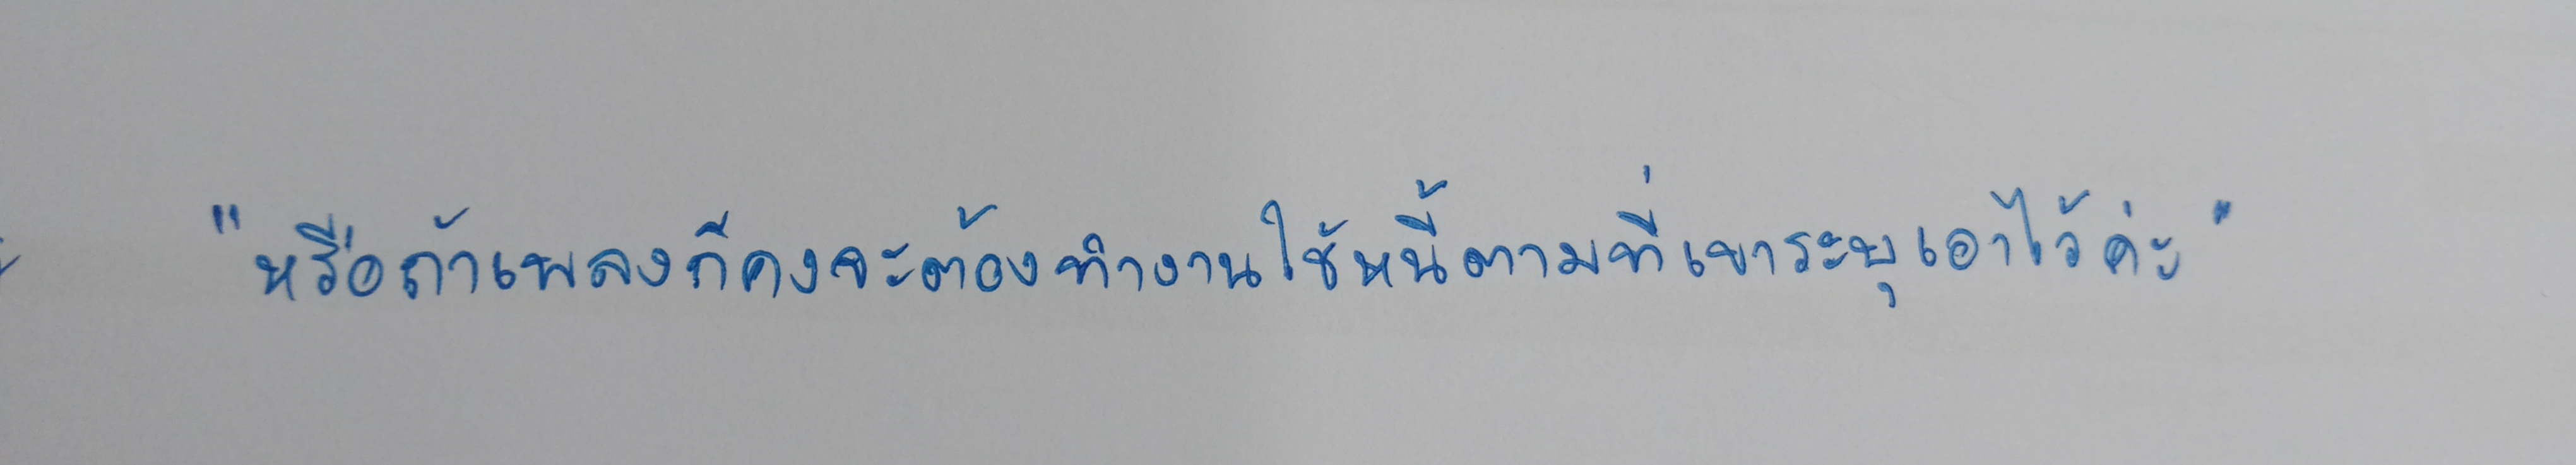
"หรือถ้าเพลงก็คงจะต้องทำงานใช้หนี้ตามที่เขาระบุเอาไว้ค่ะ"